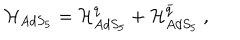
{ \cal H } _ { A d S _ { 5 } } = { \cal H } _ { A d S _ { 5 } } ^ { q } + { \cal H } _ { A d S _ { 5 } } ^ { \bar { q } } \ ,